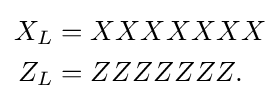
{\begin{aligned}X_{L}&=XXXXXXX\\Z_{L}&=ZZZZZZZ.\end{aligned}}